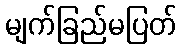
မျက်ခြည်မပြတ်